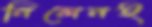
নিলেনই